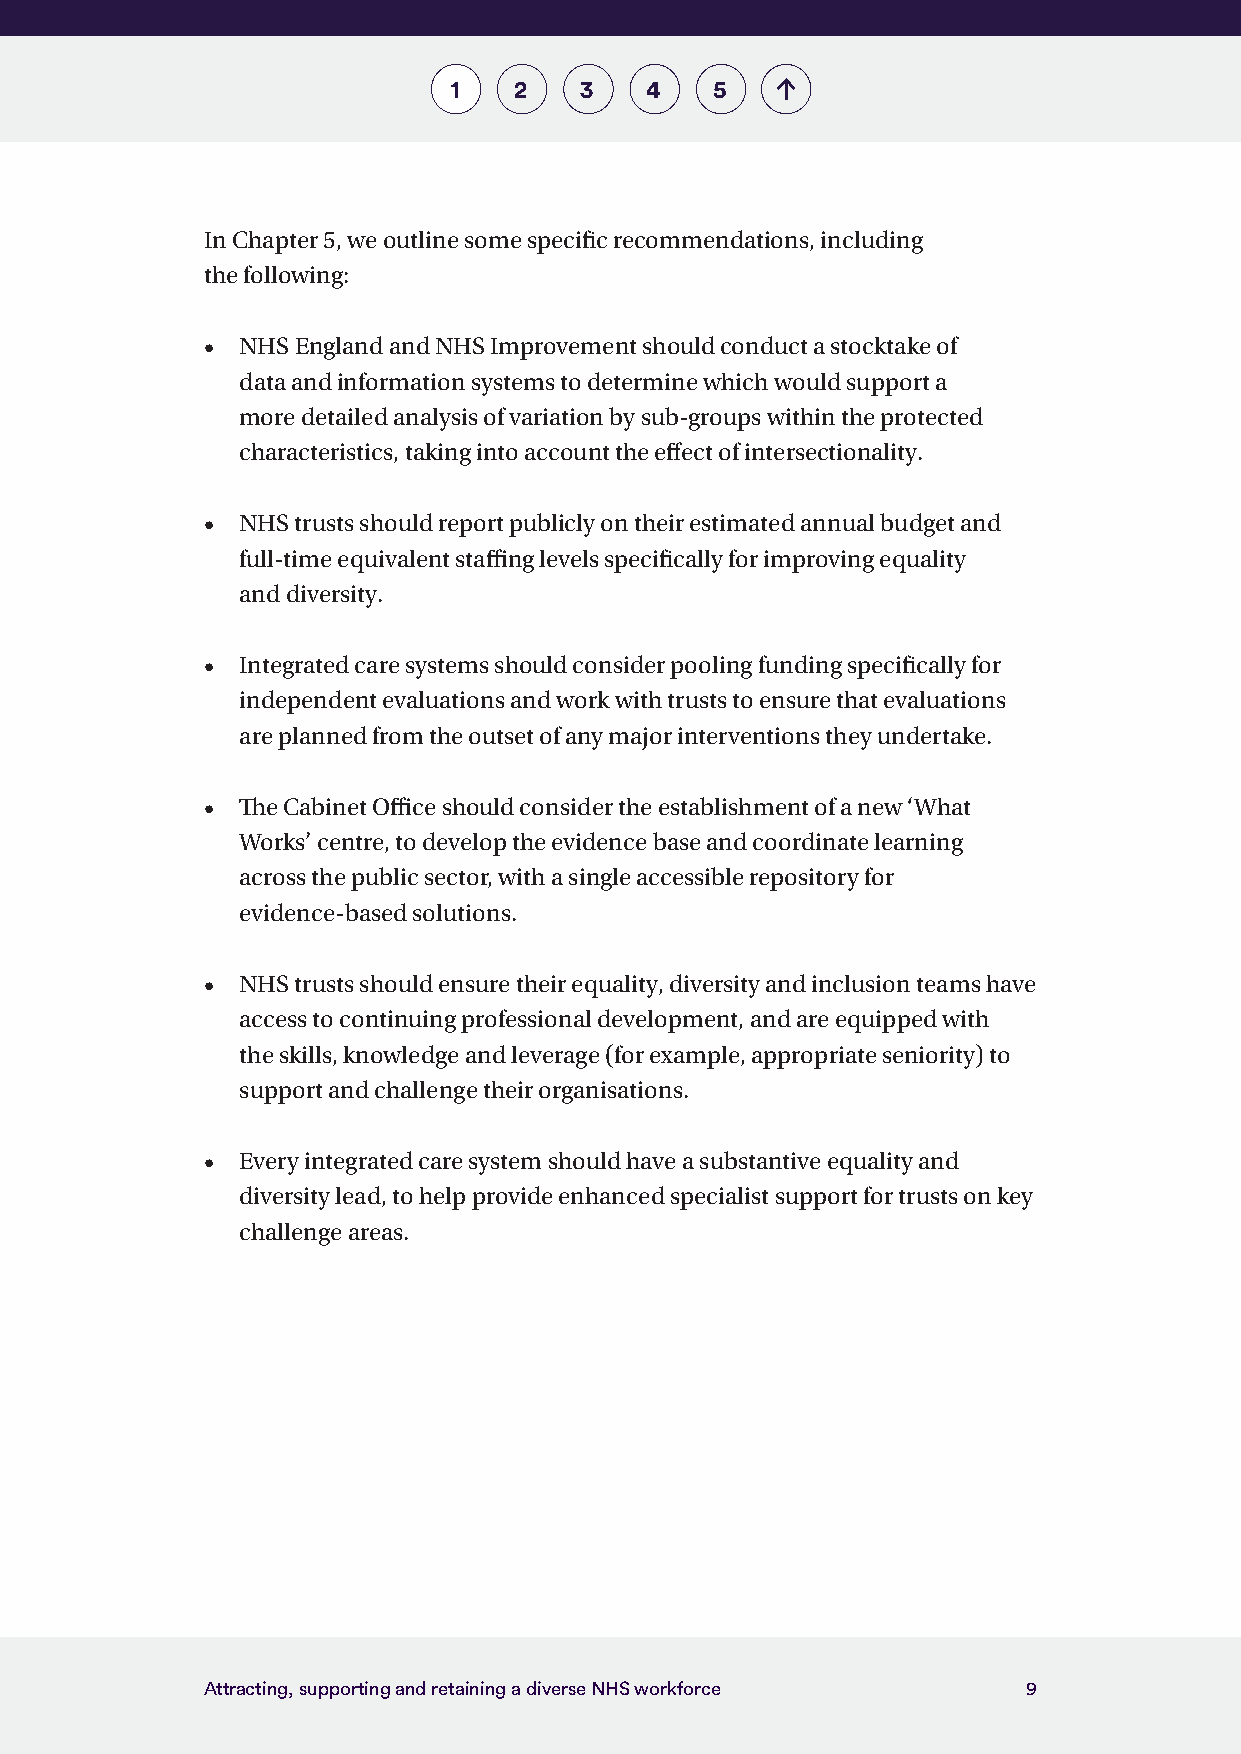
1   2   3    4   5
 In Chapter 5, we outline some specific recommendations, including
 the following:
 •  NHS England and NHS Improvement should conduct a stocktake of
 data and information systems to determine which would support a
 more detailed analysis of variation by sub-groups within the protected
 characteristics, taking into account the effect of intersectionality.
 •  NHS trusts should report publicly on their estimated annual budget and
 full-time equivalent staffing levels specifically for improving equality
 and diversity.
 •  Integrated care systems should consider pooling funding specifically for
 independent evaluations and work with trusts to ensure that evaluations
 are planned from the outset of any major interventions they undertake.
 •  The Cabinet Office should consider the establishment of a new ‘What
 Works’ centre, to develop the evidence base and coordinate learning
 across the public sector, with a single accessible repository for
 evidence-based solutions.
 •  NHS trusts should ensure their equality, diversity and inclusion teams have
 access to continuing professional development, and are equipped with
 the skills, knowledge and leverage (for example, appropriate seniority) to
 support and challenge their organisations.
 •  Every integrated care system should have a substantive equality and
 diversity lead, to help provide enhanced specialist support for trusts on key
 challenge areas.
 Attracting, supporting and retaining a diverse NHS workforce 9